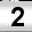
Digit: 2